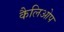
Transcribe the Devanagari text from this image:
कैलिओप